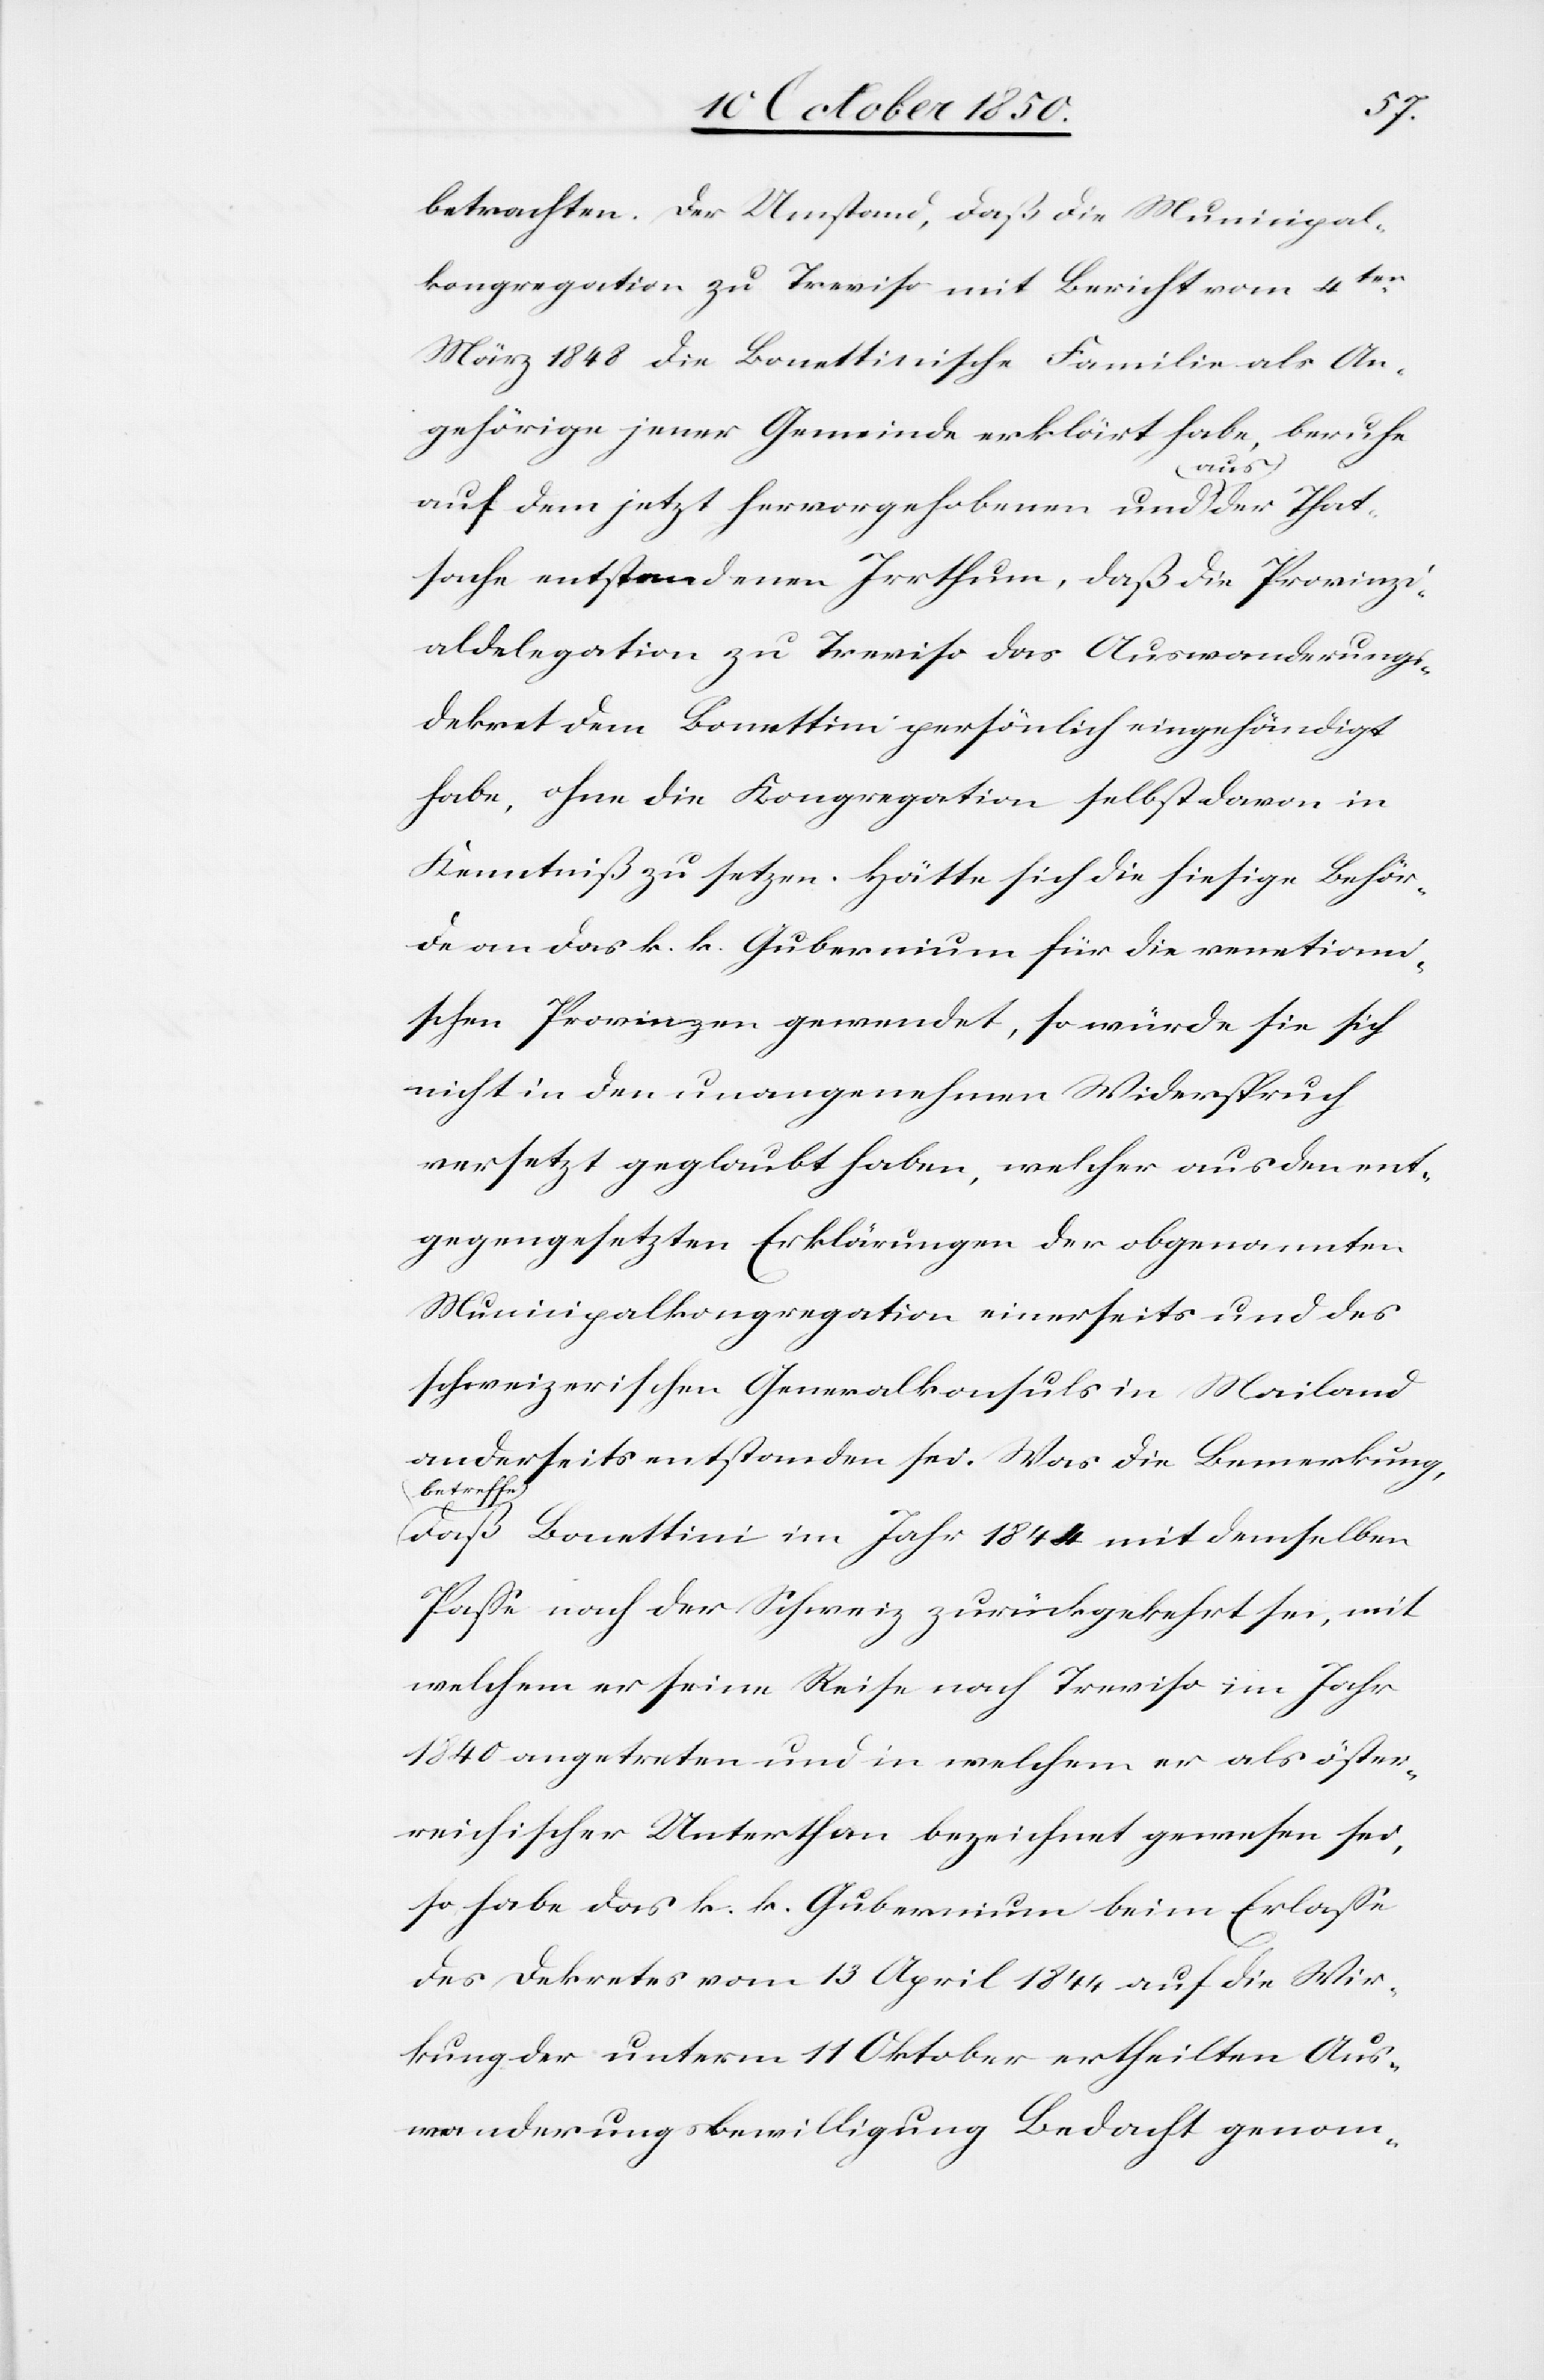
betrachten. Der Umstand, daß die Municipal¬
kongregation zu Treviso mit Bericht vom 4ten
März 1848 die Bonettinische Familie als An¬
gehörige jener Gemeinde erklärt habe, beruhe
auf dem jetzt hervorgehobenen und aus der That¬
sache entstandenen Irrthum, daß die Provinzi¬
aldelegation zu Treviso das Auswanderungs¬
dekret dem Bonettini persönlich eingehändigt
habe, ohne die Kongregation selbst davon in
Kenntniß zu setzen. Hätte sich die hiesige Behör¬
de an das k. k. Gubernium für die venetiani¬
schen Provinzen gewendet, so würde sie sich
nicht in den unangenehmen Widerspruch
versetzt geglaubt haben, welcher aus den ent¬
gegengesetzten Erklärungen der obgenannten
Municipalkongregation einerseits und des
schweizerischen Generalkonsuls in Mailand
anderseits entstanden sei. Was die Bemerkung,
betreffe
daß Bonettini im Jahr 1844 mit demselben
Passe nach der Schweiz zurückgekehrt sei, mit
welchem er seine Reise nach Treviso im Jahr
1840 angetreten und in welchem er als öster¬
reichischer Unterthan bezeichnet gewesen sei,
so habe das k. k. Gubernium beim Erlasse
des Dekretes vom 13 April 1844 auf die Wir¬
kung der unterm 11 Oktober ertheilten Aus¬
wanderungsbewilligung Bedacht genom-